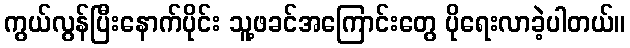
ကွယ်လွန်ပြီးနောက်ပိုင်း သူ့ဖခင်အကြောင်းတွေ ပိုရေးလာခဲ့ပါတယ်။